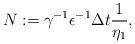
LaTeX: \begin{align*}N:= \gamma^{-1}\epsilon^{-1}\Delta t\frac{1}{\eta_1},\end{align*}